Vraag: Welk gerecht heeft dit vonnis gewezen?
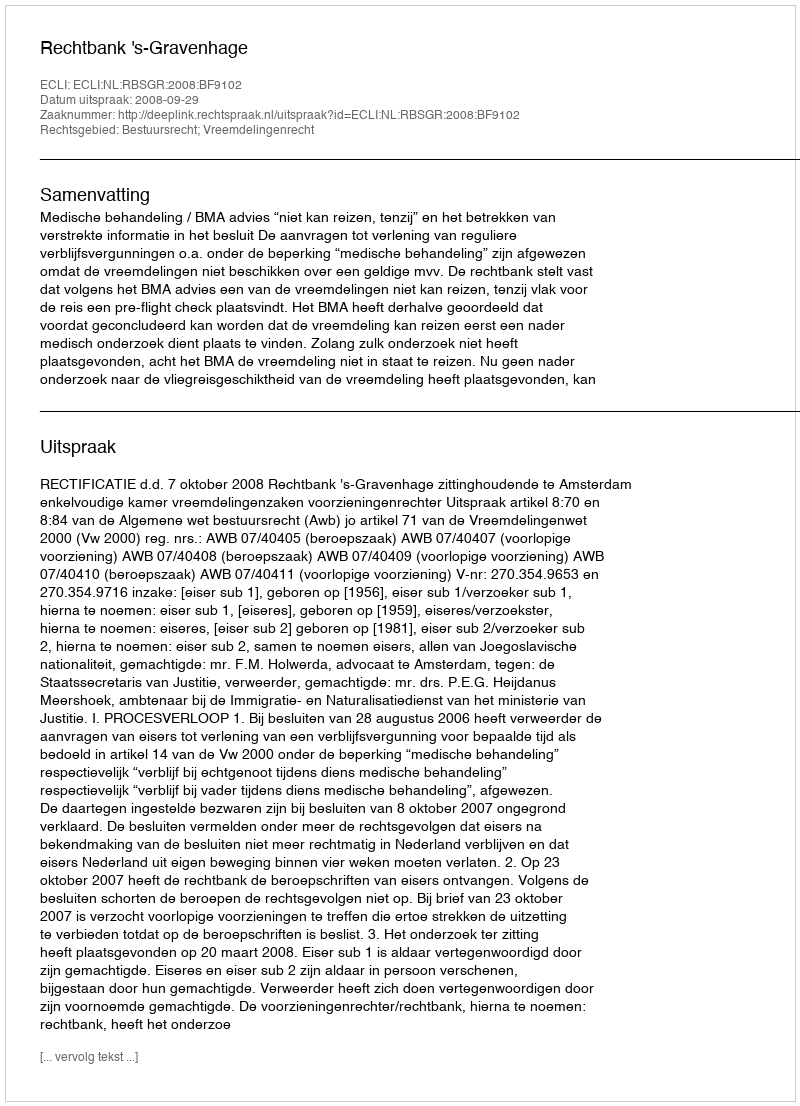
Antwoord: Rechtbank 's-Gravenhage